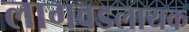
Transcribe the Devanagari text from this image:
लागवडलायक